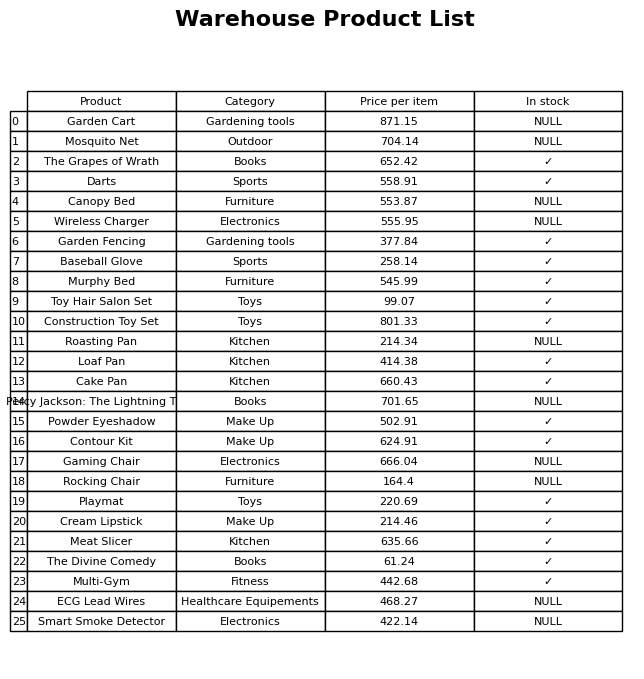
question: What category does the Mosquito Net belong to?
answer: Outdoor